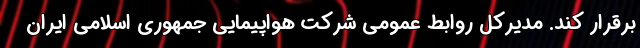
برقرار کند. مدیرکل روابط عمومی شرکت هواپیمایی جمهوری اسلامی ایران